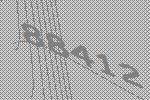
88412